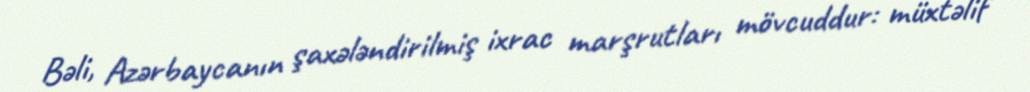
Bəli, Azərbaycanın şaxələndirilmiş ixrac marşrutları mövcuddur: müxtəlif